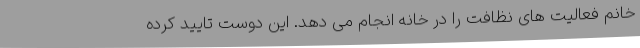
خانم فعالیت های نظافت را در خانه انجام می دهد. این دوست تایید کرده